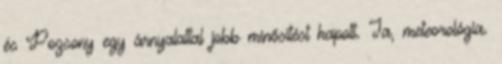
és Pozsony egy árnyalattal jobb minősítést kapott. Ja, meteorológia.